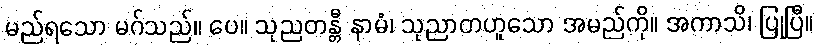
မည်ရသော မဂ်သည်။ ပေ။ သုညတန္တီ နာမံ၊ သုညာတဟူသော အမည်ကို။ အကာသိ၊ ပြုပြီ။